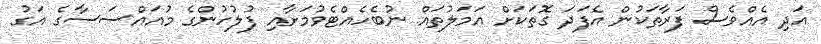
އަދި އެއްވެސް ފަރާތަކުން އެފަދަ ގޮތަކަށް އަމަލުތައް ނުބެހެއްޓެވުމަށާއި ފުލުހުންގެ މުއައްސަސާގެ އަގު